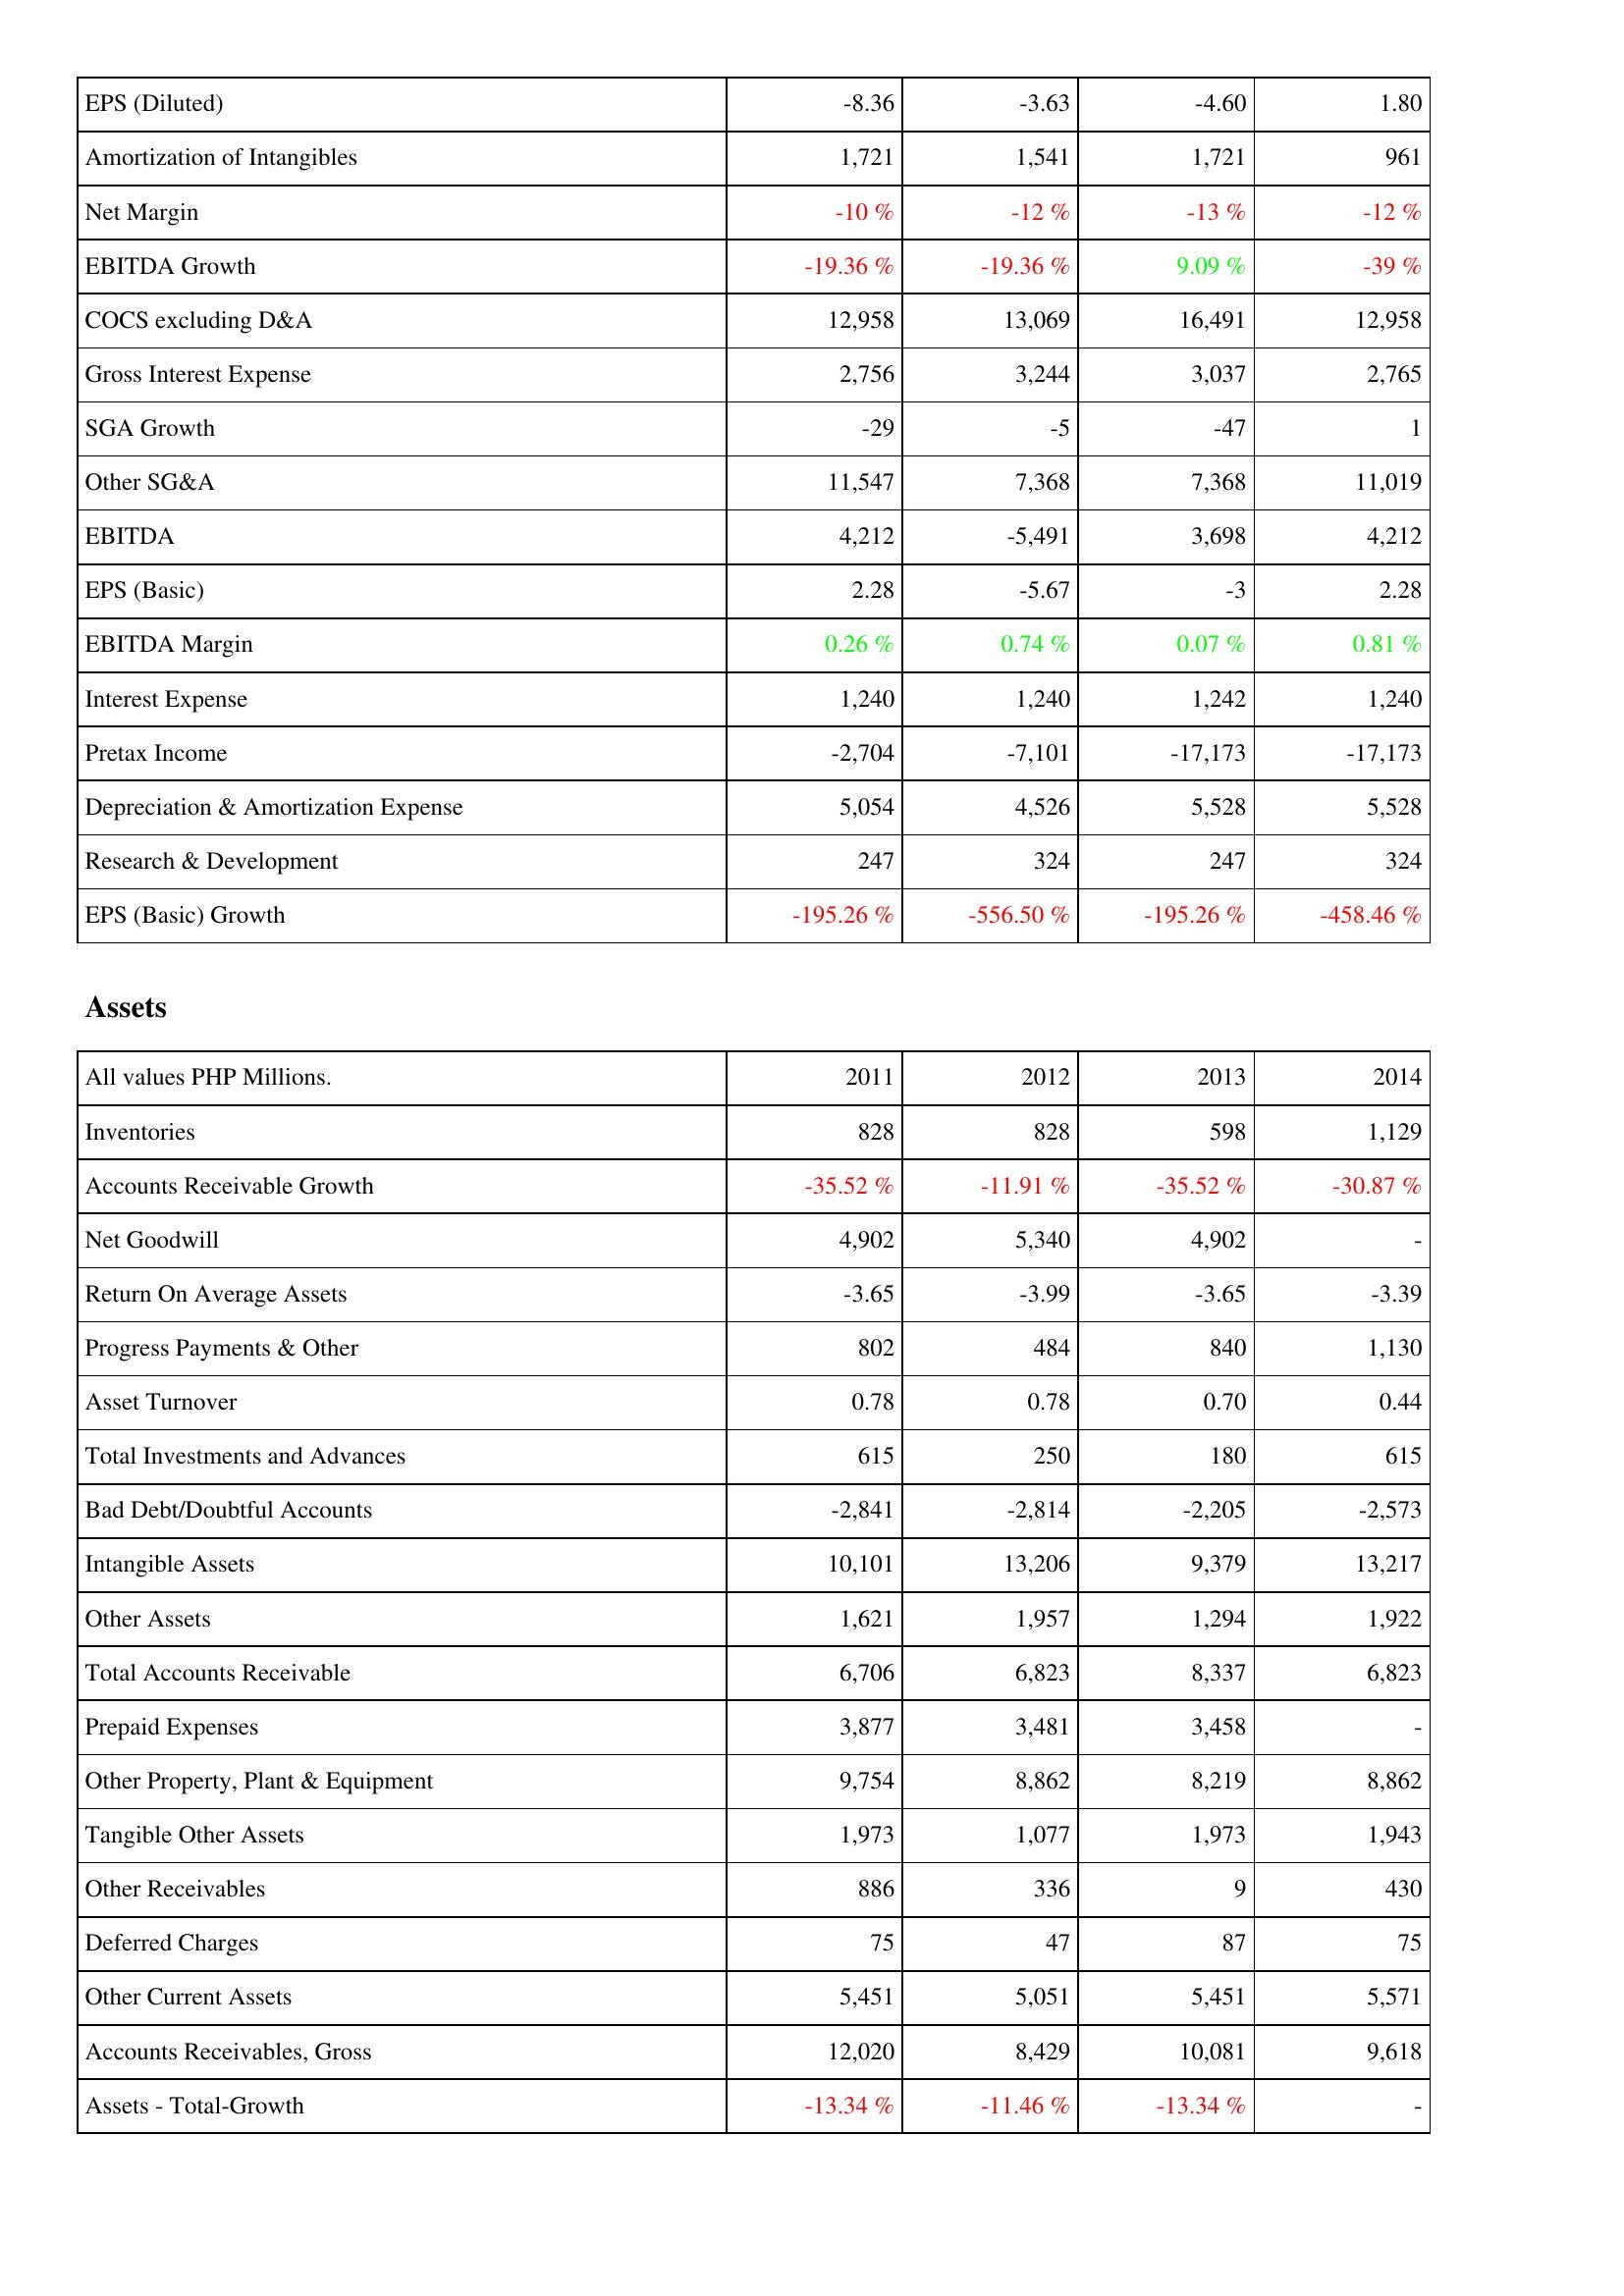
2011: Income Statement: EPS (Diluted): -8.36
Amortization of Intangibles: 1,721
Net Margin: -10 %
EBITDA Growth: -19.36 %
COCS excluding D&A: 12,958
Gross Interest Expense: 2,756
SGA Growth: -29
Other SG&A: 11,547
EBITDA: 4,212
EPS (Basic): 2.28
EBITDA Margin: 0.26 %
Interest Expense: 1,240
Pretax Income: -2,704
Depreciation & Amortization Expense: 5,054
Research & Development: 247
EPS (Basic) Growth: -195.26 %
Assets: Inventories: 828
Accounts Receivable Growth: -35.52 %
Net Goodwill: 4,902
Return On Average Assets: -3.65
Progress Payments & Other: 802
Asset Turnover: 0.78
Total Investments and Advances: 615
Bad Debt/Doubtful Accounts: -2,841
Intangible Assets: 10,101
Other Assets: 1,621
Total Accounts Receivable: 6,706
Prepaid Expenses: 3,877
Other Property, Plant & Equipment: 9,754
Tangible Other Assets: 1,973
Other Receivables: 886
Deferred Charges: 75
Other Current Assets: 5,451
Accounts Receivables, Gross: 12,020
Assets - Total-Growth: -13.34 %
2012: Income Statement: EPS (Diluted): -3.63
Amortization of Intangibles: 1,541
Net Margin: -12 %
EBITDA Growth: -19.36 %
COCS excluding D&A: 13,069
Gross Interest Expense: 3,244
SGA Growth: -5
Other SG&A: 7,368
EBITDA: -5,491
EPS (Basic): -5.67
EBITDA Margin: 0.74 %
Interest Expense: 1,240
Pretax Income: -7,101
Depreciation & Amortization Expense: 4,526
Research & Development: 324
EPS (Basic) Growth: -556.50 %
Assets: Inventories: 828
Accounts Receivable Growth: -11.91 %
Net Goodwill: 5,340
Return On Average Assets: -3.99
Progress Payments & Other: 484
Asset Turnover: 0.78
Total Investments and Advances: 250
Bad Debt/Doubtful Accounts: -2,814
Intangible Assets: 13,206
Other Assets: 1,957
Total Accounts Receivable: 6,823
Prepaid Expenses: 3,481
Other Property, Plant & Equipment: 8,862
Tangible Other Assets: 1,077
Other Receivables: 336
Deferred Charges: 47
Other Current Assets: 5,051
Accounts Receivables, Gross: 8,429
Assets - Total-Growth: -11.46 %
2013: Income Statement: EPS (Diluted): -4.60
Amortization of Intangibles: 1,721
Net Margin: -13 %
EBITDA Growth: 9.09 %
COCS excluding D&A: 16,491
Gross Interest Expense: 3,037
SGA Growth: -47
Other SG&A: 7,368
EBITDA: 3,698
EPS (Basic): -3
EBITDA Margin: 0.07 %
Interest Expense: 1,242
Pretax Income: -17,173
Depreciation & Amortization Expense: 5,528
Research & Development: 247
EPS (Basic) Growth: -195.26 %
Assets: Inventories: 598
Accounts Receivable Growth: -35.52 %
Net Goodwill: 4,902
Return On Average Assets: -3.65
Progress Payments & Other: 840
Asset Turnover: 0.70
Total Investments and Advances: 180
Bad Debt/Doubtful Accounts: -2,205
Intangible Assets: 9,379
Other Assets: 1,294
Total Accounts Receivable: 8,337
Prepaid Expenses: 3,458
Other Property, Plant & Equipment: 8,219
Tangible Other Assets: 1,973
Other Receivables: 9
Deferred Charges: 87
Other Current Assets: 5,451
Accounts Receivables, Gross: 10,081
Assets - Total-Growth: -13.34 %
2014: Income Statement: EPS (Diluted): 1.80
Amortization of Intangibles: 961
Net Margin: -12 %
EBITDA Growth: -39 %
COCS excluding D&A: 12,958
Gross Interest Expense: 2,765
SGA Growth: 1
Other SG&A: 11,019
EBITDA: 4,212
EPS (Basic): 2.28
EBITDA Margin: 0.81 %
Interest Expense: 1,240
Pretax Income: -17,173
Depreciation & Amortization Expense: 5,528
Research & Development: 324
EPS (Basic) Growth: -458.46 %
Assets: Inventories: 1,129
Accounts Receivable Growth: -30.87 %
Net Goodwill: -
Return On Average Assets: -3.39
Progress Payments & Other: 1,130
Asset Turnover: 0.44
Total Investments and Advances: 615
Bad Debt/Doubtful Accounts: -2,573
Intangible Assets: 13,217
Other Assets: 1,922
Total Accounts Receivable: 6,823
Prepaid Expenses: -
Other Property, Plant & Equipment: 8,862
Tangible Other Assets: 1,943
Other Receivables: 430
Deferred Charges: 75
Other Current Assets: 5,571
Accounts Receivables, Gross: 9,618
Assets - Total-Growth: -